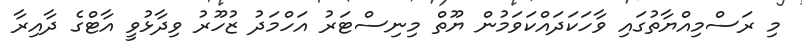
މި ރަސްމިއްޔާތުގައި ވާހަކަދައްކަވަމުން ޔޫތް މިނިސްޓަރު އަހްމަދު ޒުހޫރު ވިދާޅުވީ އާޓްގެ ދާއިރާ